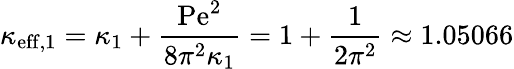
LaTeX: \kappa_{\mathrm{eff},1}=\kappa_{1}+\frac{\mathrm{Pe}^{2}}{8\pi^{2}\kappa_{1}}=1+\frac{1}{2\pi^{2}}\approx 1.05066